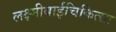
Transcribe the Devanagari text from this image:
लक्ष्मीबाईचिकित्सा